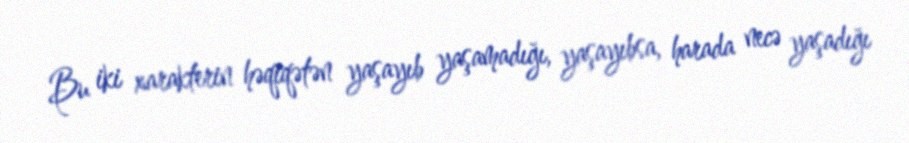
Bu iki xarakterin həqiqətən yaşayıb yaşamadığı, yaşayıbsa, harada necə yaşadığı